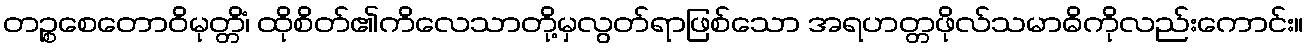
တဉ္စစေတောဝိမုတ္တိံ၊ ထိုစိတ်၏ကိလေသာတို့မှလွတ်ရာဖြစ်သော အရဟတ္တဖိုလ်သမာဓိကိုလည်းကောင်း။